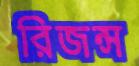
রিজন্স